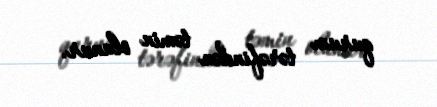
qurum tərəfindən təmin olunur.